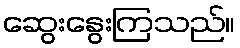
ဆွေးနွေးကြသည်။